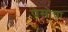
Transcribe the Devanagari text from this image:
पेसोचा